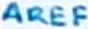
Text: AREF